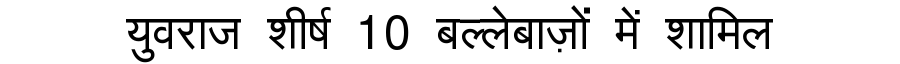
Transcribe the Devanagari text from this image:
युवराज शीर्ष 10 बल्लेबाज़ों में शामिल